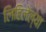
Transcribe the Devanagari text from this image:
लिहिलेल्‍या